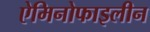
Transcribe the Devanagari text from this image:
ऐमिनोफाइलीन